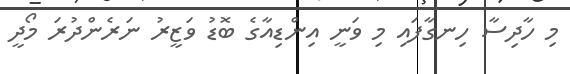
މި ހާދިސާ ހިނގާފައި މި ވަނީ އިންްޑިއާގެ ބޮޑު ވަޒީރު ނަރެންދުރަ މޯދީ